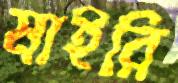
মাইরি